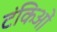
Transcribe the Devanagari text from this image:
टंकिओं